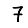
Digit: 7